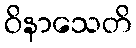
ဝိနာသေတိ